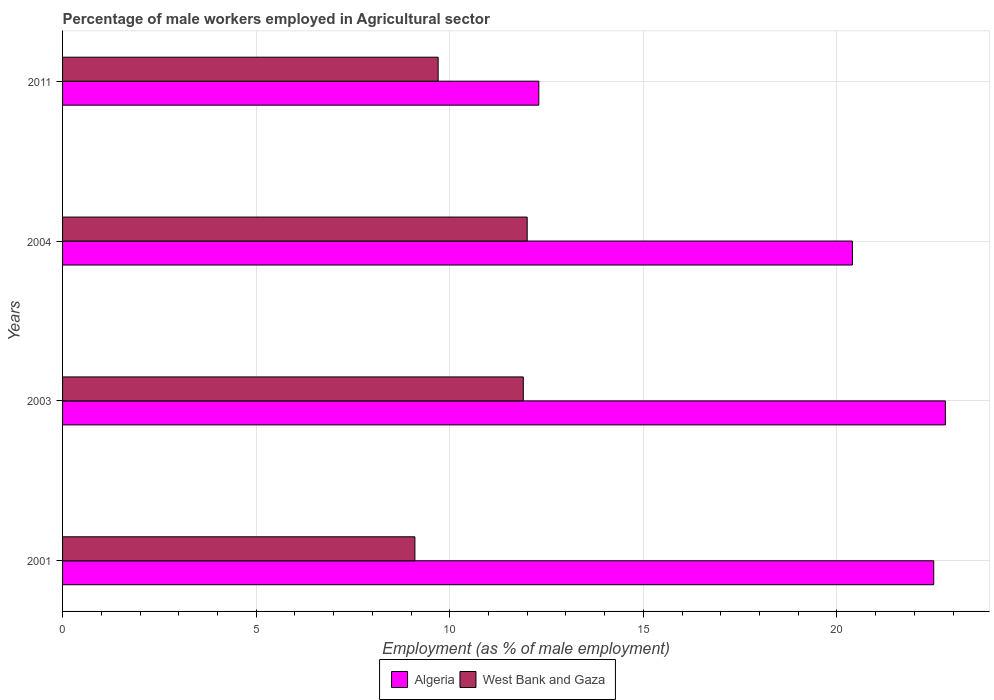
| Years | Algeria | West Bank and Gaza |
 | --- | --- | --- |
 | 2001 | 22.5 | 9.1 |
 | 2003 | 22.8 | 11.9 |
 | 2004 | 20.4 | 12 |
 | 2011 | 12.3 | 9.7 |